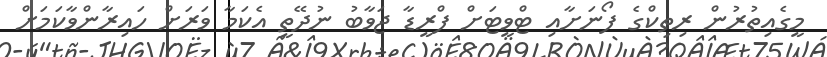
މީގެއިތުރުން ރިތިކްގެ ފޯނަށާއި ޓްވީޓަށް ފްރީޑާ ޖަވާބު ނުދޭތީ އެކަމާ ވަރަށް ހައިރާންވާކަމަށް